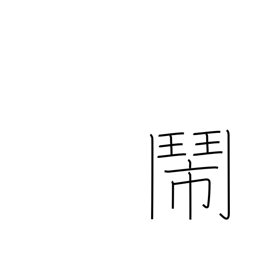
Meaning: dispute hotly